Annual report of the Punjab Veterinary College and of the Civil Veterinary Department, Punjab - 1894-1908
Year: 1894
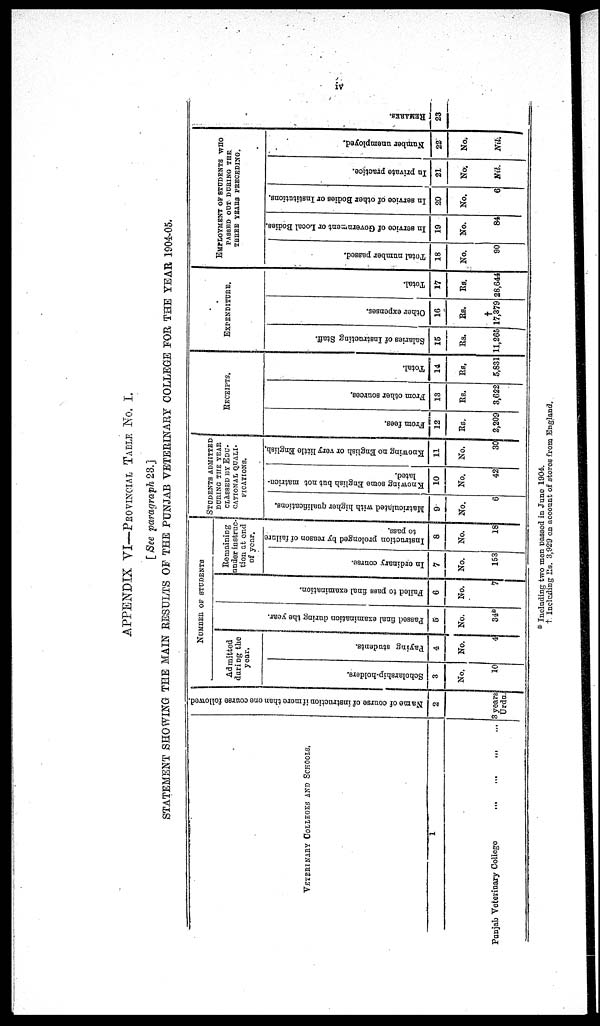
iv
APPENDIX VI—PROVINICIAL TABLE NO. I.
[ See paragraph 23.]
STATEMENT SHOWING THE MAIN RESULTS OF THE PUNJAB VETERINARY COLLEGE FOR THE YEAR 1904-05.
VETERINARY COLLEGES AND SCHOOLS.
1
Punjab Veterinary College
...
...
...
...
Name of course of instruction if more than one course followed.
2
3 years
Urdu.
NUMBER OF STUDENTS
Admitted
during the
year.
Scholarship-holders.
3
No.
10
Paying students.
4
No.
4
Pas s ed f i n a l e x a m i n a t i o n dur i
ng the year .
5
No.
34*
Fai l
ed to pass final examination.
6
No.
7
Remaining
under instruc-
tion at end
of year.
In ordinary conrse.
7
No.
153
Instruction prolonged by reason of failure
to pass.
8
No.
18
STUDENTS ADMITTED
DURING THE YEAR
CLASSED BY EDU-
CATIONAL QUALI-
FICATIONS.
Matriculated with higher qualifications.
9
No.
6
Knowing some English but not matricn-
lated.
10
No.
42
Knowing no English or very little English.
11
No.
30
RECEIPTS.
From fees.
12
Rs.
2,209
From other sources.
13
Rs.
3,622
Total.
14
Rs.
5,831
EXPENDITURE.
Salaries of Instructing Staff.
15
Rs.
11,265
Other expenses.
16
Rs.
†
17,379
Total.
17
Rs.
28,644
EMPLOYMENT OF STUDENTS WHO
PASSED OUT DURING THE
THREE YEARS PRECEDING.
Total number passed.
18
No.
90
In service of Government or Local Bodies.
19
No.
84
In service of other Bodies or Institutions.
20
No.
6
In private practice.
21
No.
Nil.
Number unemployed.
22
No.
Nil.
REMARKS.
23
* Including two men passed in June 1904.
† Incleding Rs. 3,929 on account of stores from England.